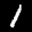
Label: 1